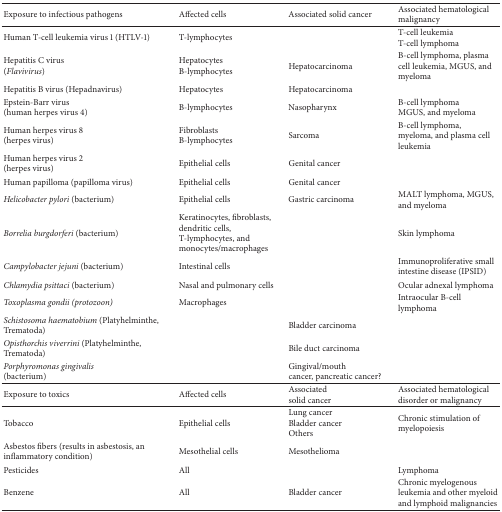
| Exposure to infectious pathogens | Affected cells | Associated solid cancer | Associated hematological malignancy |
 | --- | --- | --- | --- |
 | Human T-cell leukemia virus 1 (HTLV-1) | T-lymphocytes |  | T-cell leukemiaT-cell lymphoma |
 | Hepatitis C virus(Flavivirus) | HepatocytesB-lymphocytes | Hepatocarcinoma | B-cell lymphoma, plasma cell leukemia, MGUS, and myeloma |
 | Hepatitis B virus (Hepadnavirus) | Hepatocytes | Hepatocarcinoma |  |
 | Epstein-Barr virus(human herpes virus 4) | B-lymphocytes | Nasopharynx | B-cell lymphomaMGUS, and myeloma |
 | Human herpes virus 8(herpes virus) | FibroblastsB-lymphocytes | Sarcoma | B-cell lymphoma, myeloma, and plasma cell leukemia |
 | Human herpes virus 2(herpes virus) | Epithelial cells | Genital cancer |  |
 | Human papilloma (papilloma virus) | Epithelial cells | Genital cancer |  |
 | Helicobacter pylori (bacterium) | Epithelial cells | Gastric carcinoma | MALT lymphoma, MGUS, and myeloma |
 | Borrelia burgdorferi (bacterium) | Keratinocytes, fibroblasts, dendritic cells, T-lymphocytes, and monocytes/macrophages |  | Skin lymphoma |
 | Campylobacter jejuni (bacterium) | Intestinal cells |  | Immunoproliferative small intestine disease (IPSID) |
 | Chlamydia psittaci (bacterium) | Nasal and pulmonary cells |  | Ocular adnexal lymphoma |
 | Toxoplasma gondii (protozoon) | Macrophages |  | Intraocular B-cell lymphoma |
 | Schistosoma haematobium (Platyhelminthe, Trematoda) |  | Bladder carcinoma |  |
 | Opisthorchis viverrini (Platyhelminthe, Trematoda) |  | Bile duct carcinoma |  |
 | Porphyromonas gingivalis (bacterium) |  | Gingival/mouthcancer, pancreatic cancer? |  |
 | Exposure to toxics | Affected cells | Associated solid cancer | Associated hematological disorder or malignancy |
 | Tobacco | Epithelial cells | Lung cancerBladder cancerOthers | Chronic stimulation of myelopoiesis |
 | Asbestos fibers (results in asbestosis, an inflammatory condition) | Mesothelial cells | Mesothelioma |  |
 | Pesticides | All |  | Lymphoma |
 | Benzene | All | Bladder cancer | Chronic myelogenous leukemia and other myeloid and lymphoid malignancies |